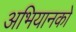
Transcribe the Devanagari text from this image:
अभियानको